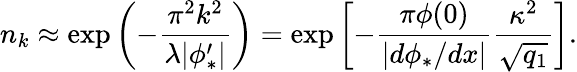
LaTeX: n_{k}\approx\exp\left(-\frac{\pi^{2}k^{2}}{\lambda|\phi_{*}^{\prime}|}\right)=\exp\left[-\frac{\pi\phi(0)}{|d\phi_{*}/dx|}\frac{\kappa^{2}}{\sqrt{q_{1}}}\right].